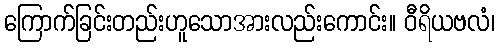
ကြောက်ခြင်းတည်းဟူသောအားလည်းကောင်း။ ဝီရိယဗလံ၊